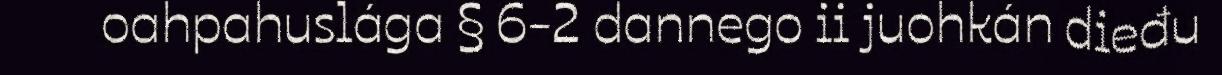
oahpahuslága § 6-2 dannego ii juohkán dieđu